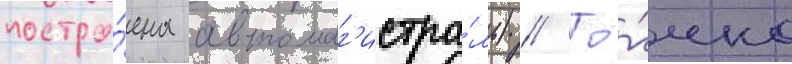
постро́ена автомаг'истра́ль) // То́чно